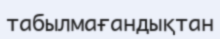
табылмағандықтан